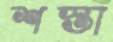
শস্তা